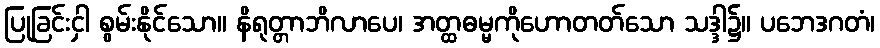
ပြုခြင်းငှါ စွမ်းနိုင်သော။ နိရုတ္တာဘိလာပေ၊ အတ္ထဓမ္မကိုဟောတတ်သော သဒ္ဒါ၌။ ပဘေဒဂတံ၊